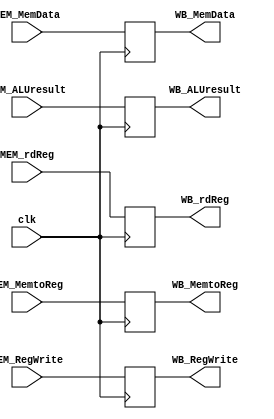
module MEM_WB (
	input             clk          ,
	input             MEM_MemtoReg ,
	input             MEM_RegWrite ,
	input      [63:0] MEM_MemData  ,
	input      [63:0] MEM_ALUresult,
	input      [ 4:0] MEM_rdReg    ,
	output reg        WB_MemtoReg  ,
	output reg        WB_RegWrite  ,
	output reg [63:0] WB_MemData   ,
	output reg [63:0] WB_ALUresult ,
	output reg [ 4:0] WB_rdReg
);

	always @(posedge clk) begin
		WB_MemtoReg  <= MEM_MemtoReg;
		WB_RegWrite  <= MEM_RegWrite;
		WB_MemData   <= MEM_MemData;
		WB_ALUresult <= MEM_ALUresult;
		WB_rdReg     <= MEM_rdReg;
	end

endmodule